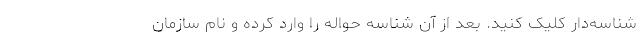
شناسه‌دار کلیک کنید. بعد از آن شناسه حواله را وارد کرده و نام سازمان